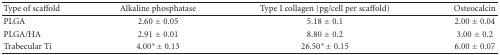
<table><thead><tr><td><b>Type of scaffold</b></td><td><b>Alkaline phosphatase</b></td><td><b>Type I collagen (pg/cell per scaffold)</b></td><td><b>Osteocalcin</b></td></tr></thead><tbody><tr><td>PLGA</td><td>2.60 ± 0.05</td><td>5.18 ± 0.1</td><td>2.00 ± 0.04</td></tr><tr><td>PLGA/HA</td><td>2.91 ± 0.01</td><td>8.80 ± 0.2</td><td>3.00 ± 0.2</td></tr><tr><td>Trabecular Ti</td><td>4.00*± 0.13</td><td>26.50*± 0.15</td><td>6.00 ± 0.07</td></tr></tbody></table>